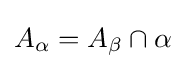
A_{\alpha }=A_{\beta }\cap \alpha